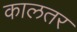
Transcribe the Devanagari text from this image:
कालतर